342_HS1-416511228_319.1 Flying Discs 1949
Agency: Department of War
Incident date: 1/9/50
Page 40
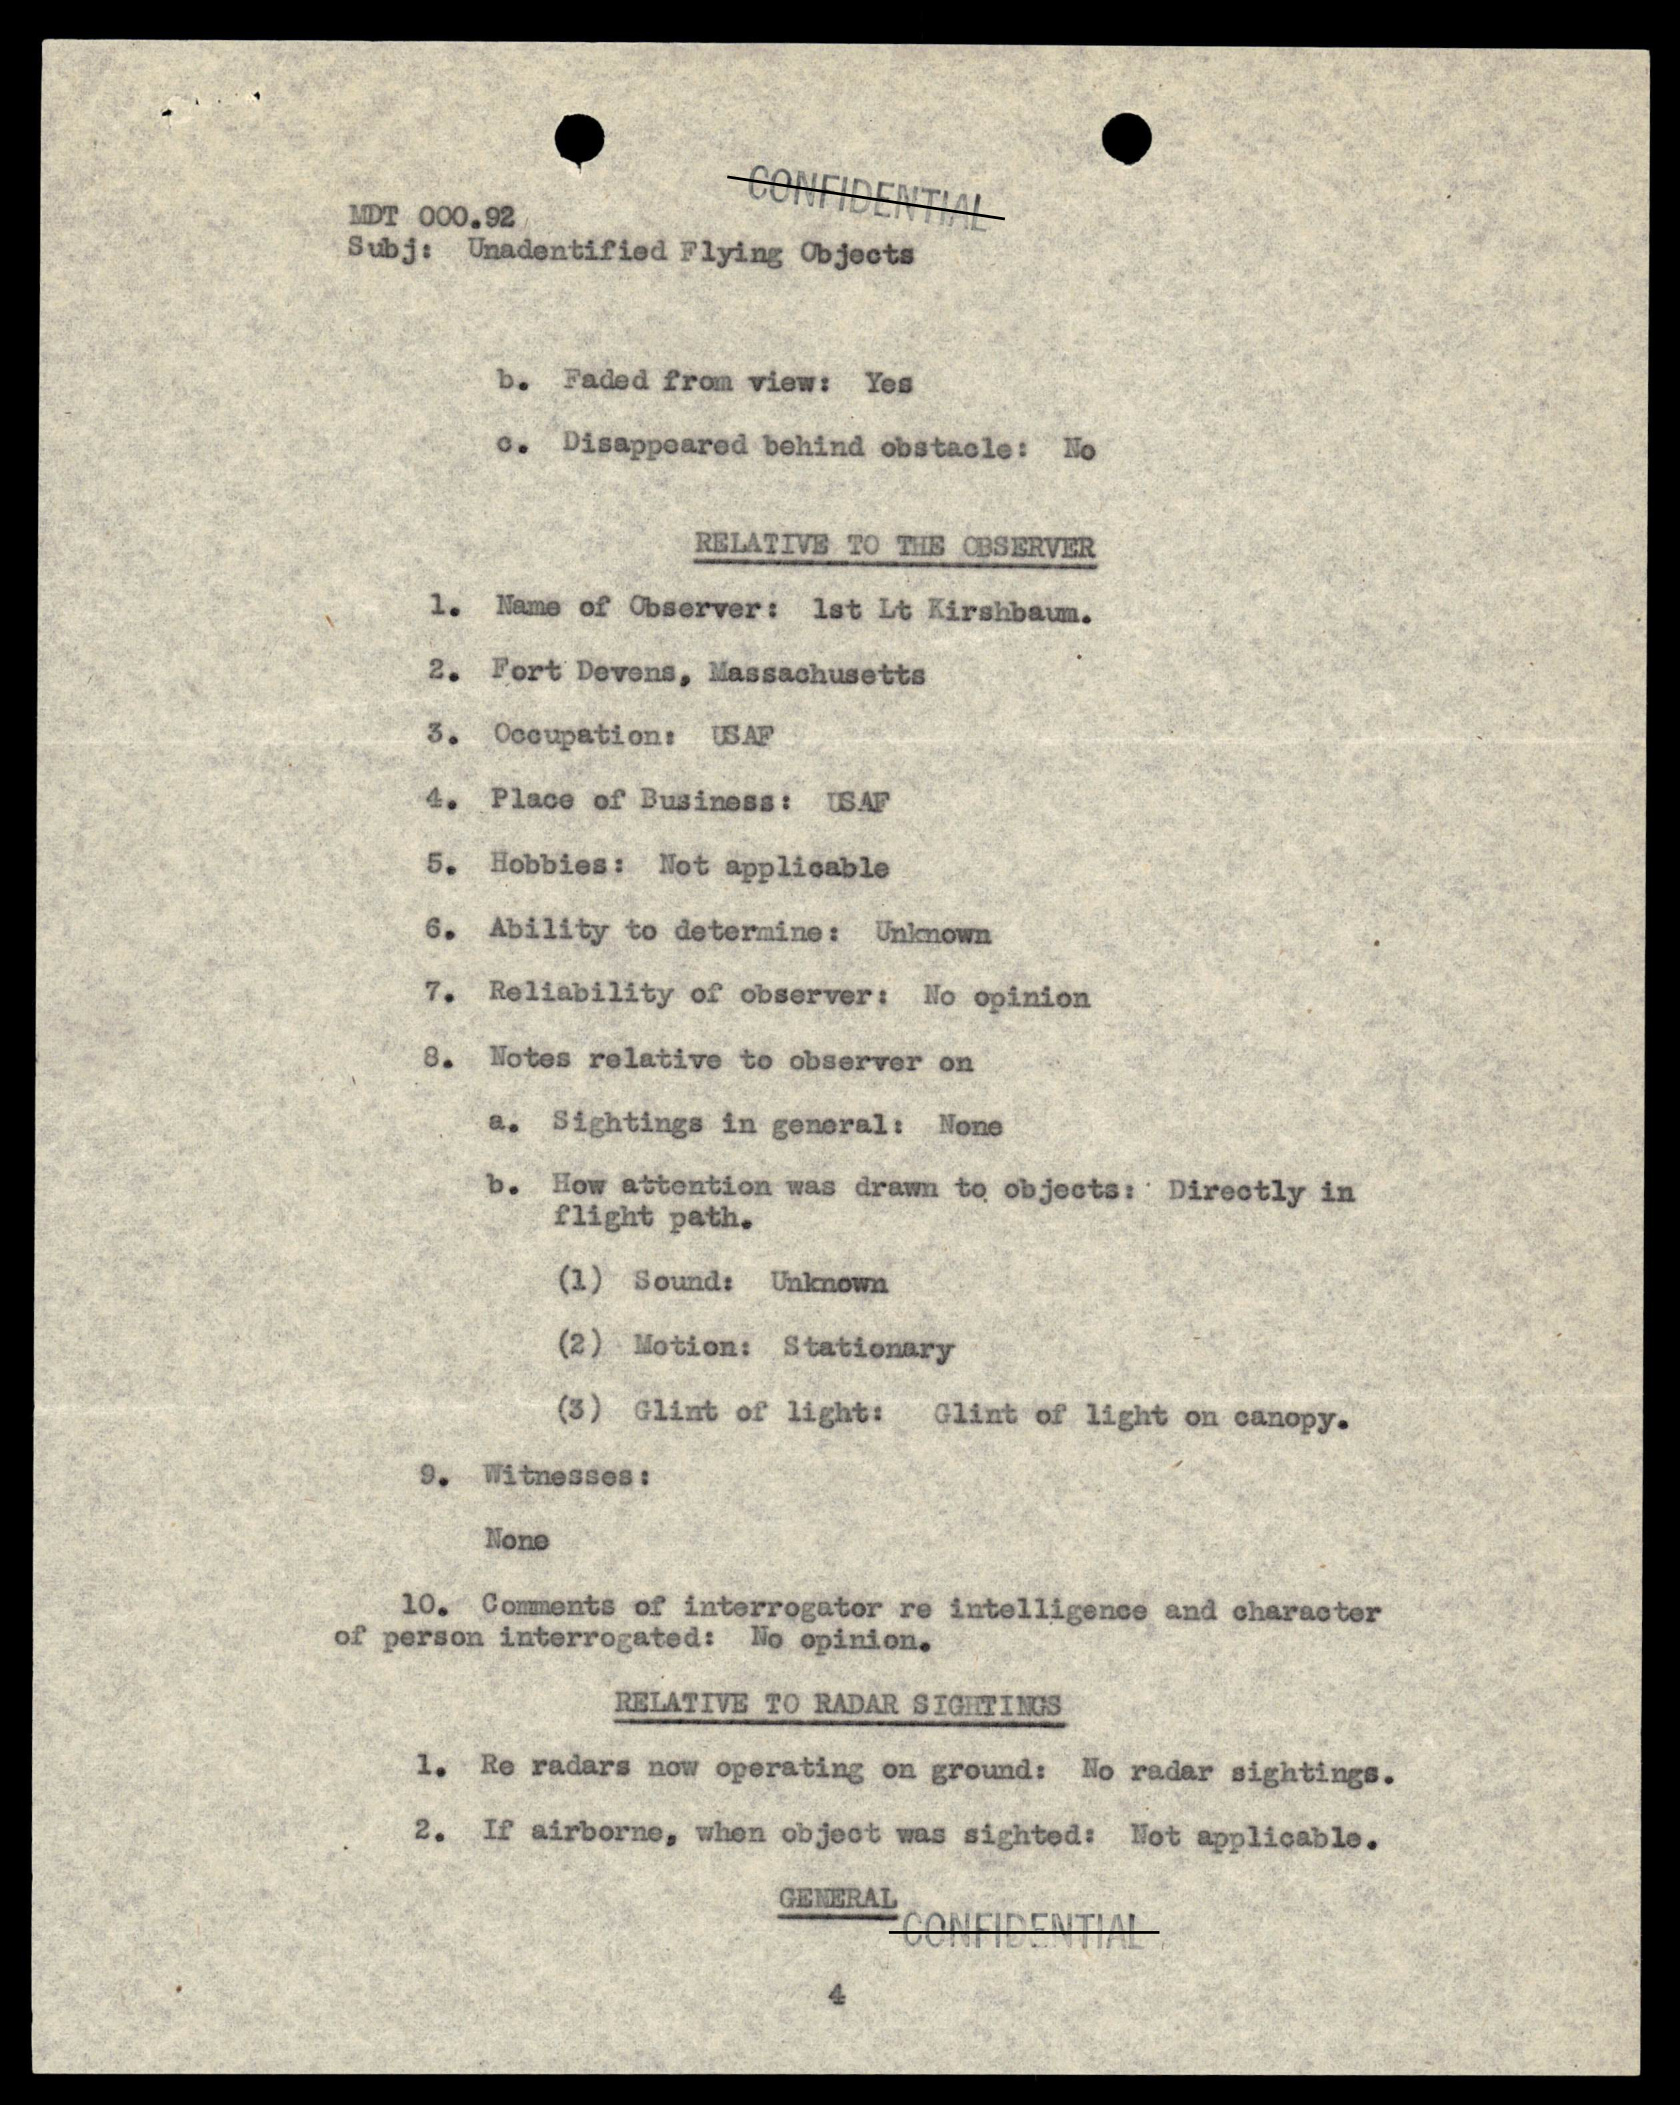